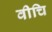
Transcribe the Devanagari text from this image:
वीचि